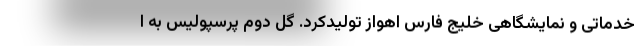
خدماتی و نمایشگاهی خلیج فارس اهواز تولیدکرد. گل دوم پرسپولیس به ا